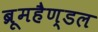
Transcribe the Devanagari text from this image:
ब्रूमहैण्डल